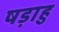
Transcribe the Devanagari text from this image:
षड़ाहु